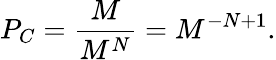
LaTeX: P_{C}=\frac{M}{M^{N}}=M^{-N+1}.